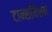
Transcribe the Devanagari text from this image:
टान्समिशन